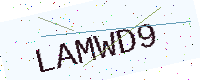
Text: LAMWD9